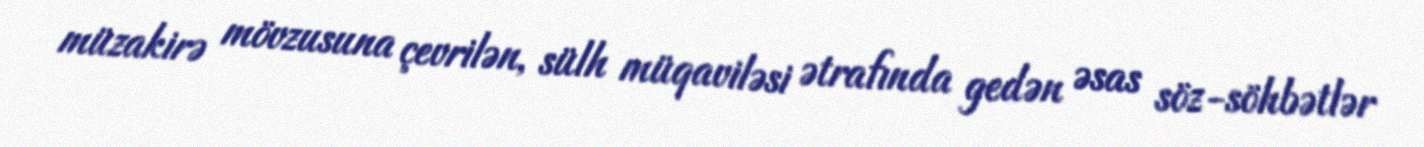
müzakirə mövzusuna çevrilən, sülh müqaviləsi ətrafında gedən əsas söz-söhbətlər